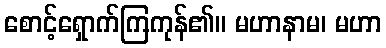
စောင့်ရှောက်ကြကုန်၏။ မဟာနာမ၊ မဟာ